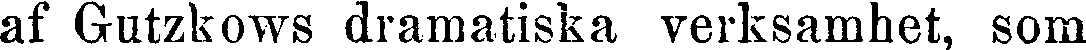
af Gutzkows dramatiska verksamhet, som